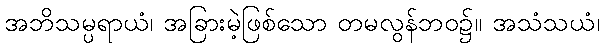
အဘိသမ္ပရာယံ၊ အခြားမဲ့ဖြစ်သော တမလွန်ဘဝ၌။ အသံသယံ၊